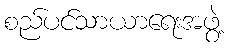
စည်ပင်သာယာရေးအဖွဲ့